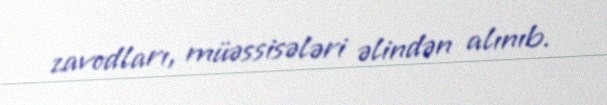
zavodları, müəssisələri əlindən alınıb.